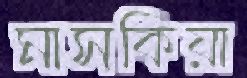
মাসকিয়া